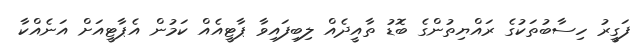
ފަގީރު ހިސާބުތަކުގެ ރައްޔިތުންގެ ބޮޑު ތާއީދެއް ލިބިފައިވާ ޕާޓީއެއް ކަމުން އެޕާޓީއަށް އަނެއްކާ